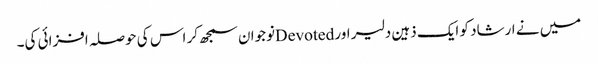
میں نے ارشاد کو ایک ذہین دلیر اور Devotedنوجوان سمجھ کر اس کی حوصلہ افزائی کی۔